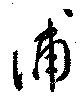
浦